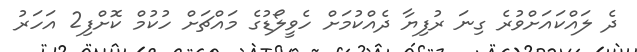
ދެ ލައްކައަށްވުރެ ގިނަ ރުފިޔާ ދެއްކުމަށް ހެވީލޯޑުގެ މައްޗަށް ހުކުމް ކޮށްފި2 އަހަރު